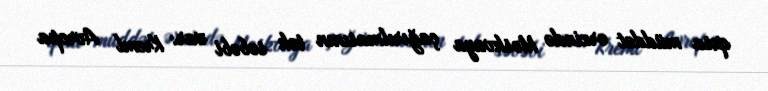
qısa müddət ərzində Moskvaya çağırılmasının tək səbəbi var: Kreml Avropa